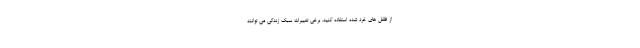
از فلفل های خرد شده استفاده کنید. برخی تغییرات سبک زندگی می توانند